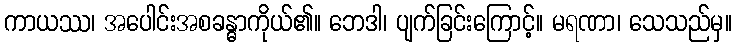
ကာယဿ၊ အပေါင်းအစခန္ဓာကိုယ်၏။ ဘေဒါ၊ ပျက်ခြင်းကြောင့်။ မရဏာ၊ သေသည်မှ။